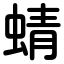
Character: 蜻